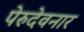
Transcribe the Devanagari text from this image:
पेरुदेवनार